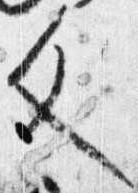
文